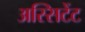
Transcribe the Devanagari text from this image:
अस्सिटेंट